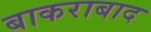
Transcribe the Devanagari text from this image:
बाकराबाद